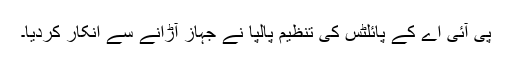
پی آئی اے کے پائلٹس کی تنظیم پالپا نے جہاز آڑانے سے انکار کردیا۔